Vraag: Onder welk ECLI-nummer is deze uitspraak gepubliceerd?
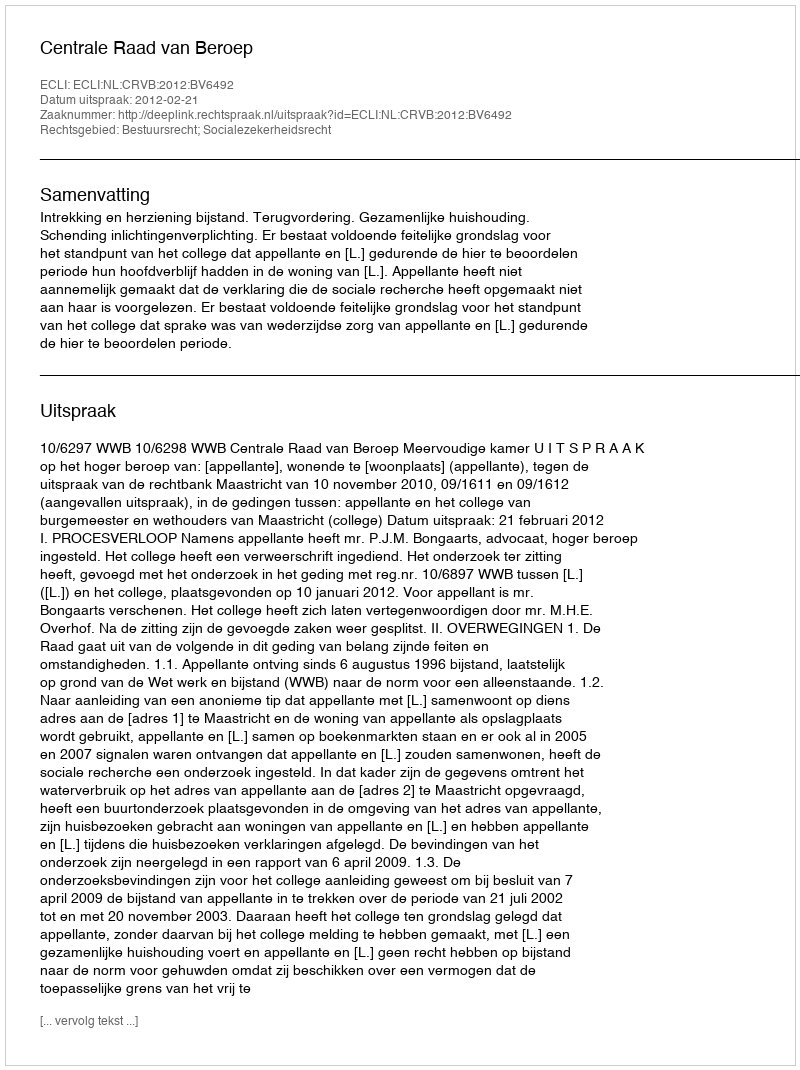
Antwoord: ECLI:NL:CRVB:2012:BV6492